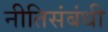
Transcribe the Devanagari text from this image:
नीतिसंबंधी